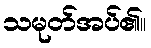
သမုတ်အပ်၏။